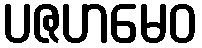
ပဇဟမေဝ